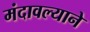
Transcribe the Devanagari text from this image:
मंदावल्याने